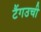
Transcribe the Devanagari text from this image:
टैंगउची